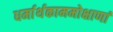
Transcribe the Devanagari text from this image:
धर्मार्थकाममोक्षाणां